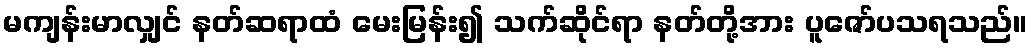
မကျန်းမာလျှင် နတ်ဆရာထံ မေးမြန်း၍ သက်ဆိုင်ရာ နတ်တို့အား ပူဇော်ပသရသည်။